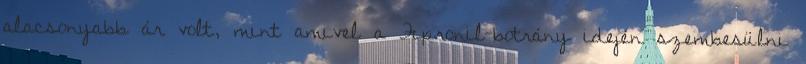
alacsonyabb ár volt, mint amivel a Fipronil-botrány idején szembesülni